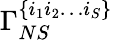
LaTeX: \Gamma_{NS}^{\lbrace i_{1}i_{2}\ldots i_{S}\rbrace}